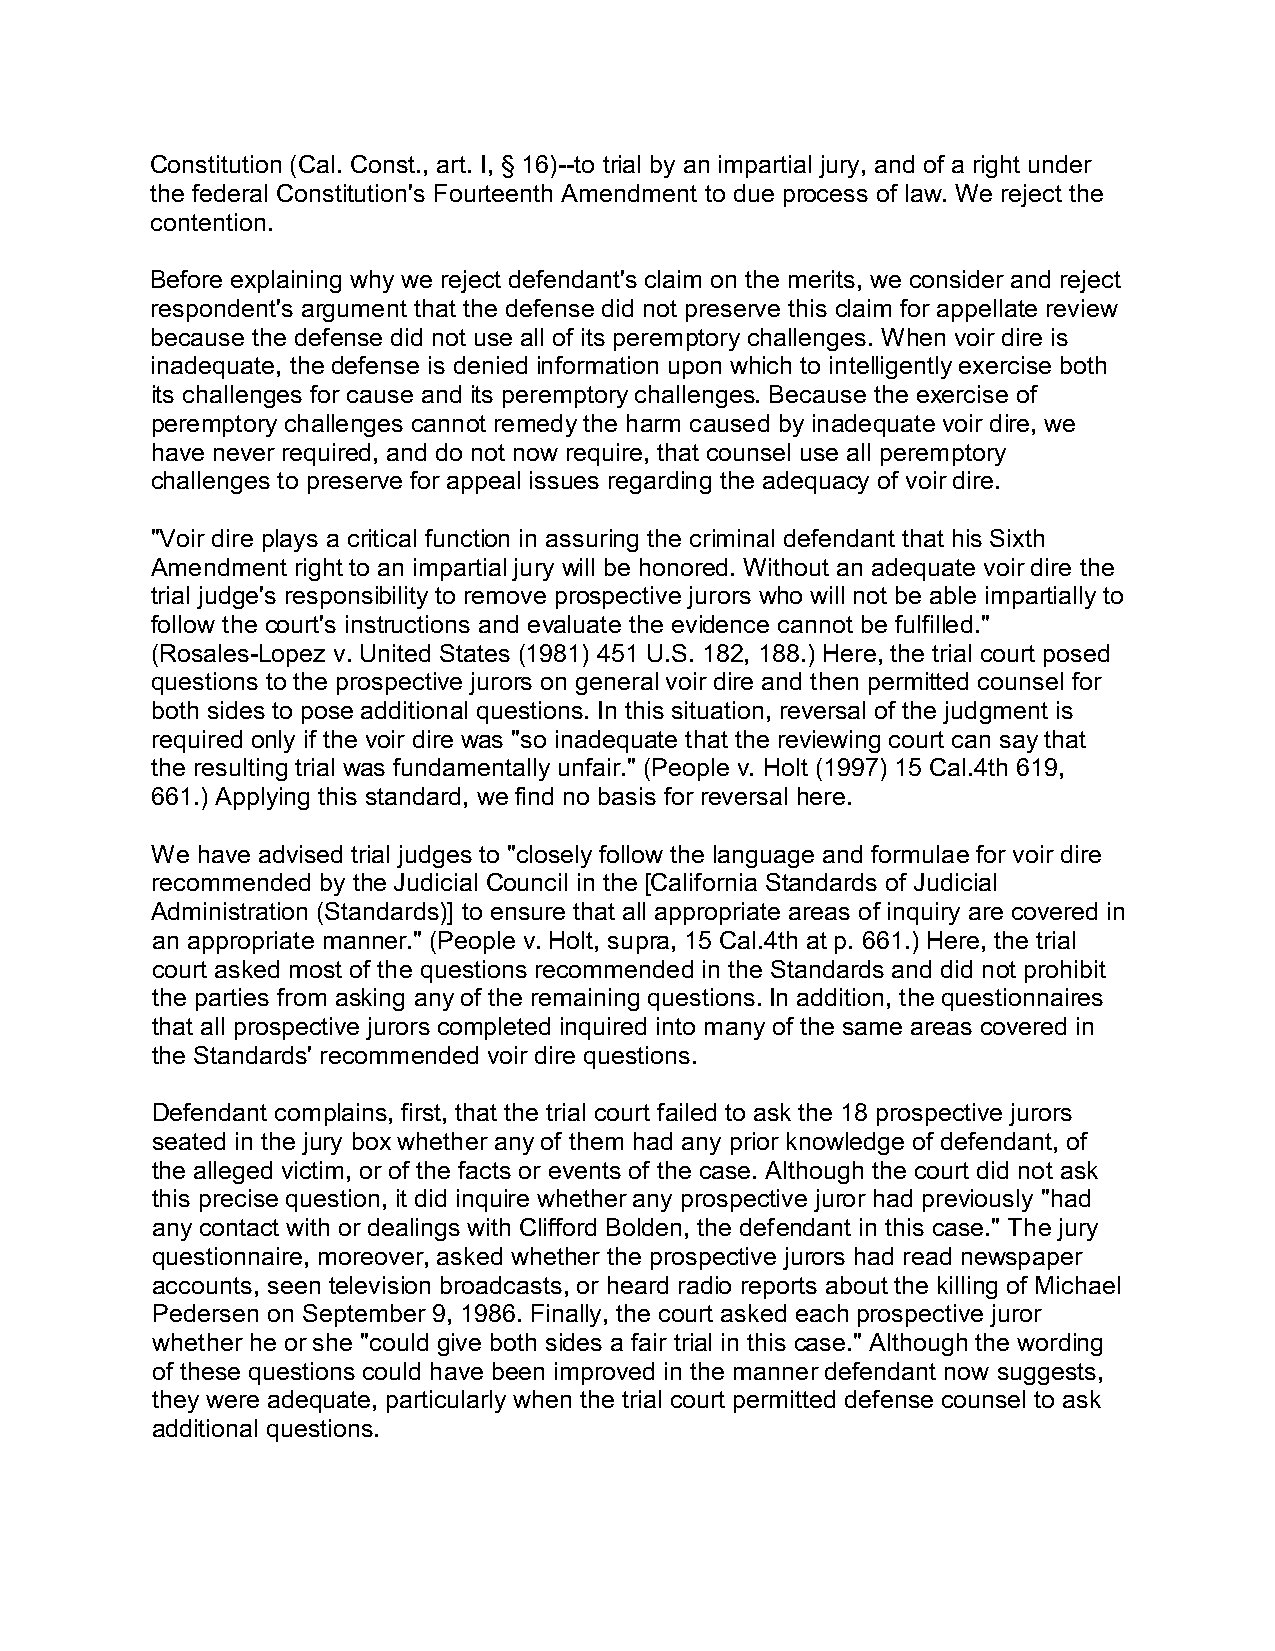
Constitution (Cal. Const., art. I, § 16)--to trial by an impartial jury, and of a right under
 the federal Constitution's Fourteenth Amendment to due process of law. We reject the
 contention.
 Before explaining why we reject defendant's claim on the merits, we consider and reject
 respondent's argument that the defense did not preserve this claim for appellate review
 because the defense did not use all of its peremptory challenges. When voir dire is
 inadequate, the defense is denied information upon which to intelligently exercise both
 its challenges for cause and its peremptory challenges. Because the exercise of
 peremptory challenges cannot remedy the harm caused by inadequate voir dire, we
 have never required, and do not now require, that counsel use all peremptory
 challenges to preserve for appeal issues regarding the adequacy of voir dire.
 "Voir dire plays a critical function in assuring the criminal defendant that his Sixth
 Amendment right to an impartial jury will be honored. Without an adequate voir dire the
 trial judge's responsibility to remove prospective jurors who will not be able impartially to
 follow the court's instructions and evaluate the evidence cannot be fulfilled."
 (Rosales-Lopez v. United States (1981) 451 U.S. 182, 188.) Here, the trial court posed
 questions to the prospective jurors on general voir dire and then permitted counsel for
 both sides to pose additional questions. In this situation, reversal of the judgment is
 required only if the voir dire was "so inadequate that the reviewing court can say that
 the resulting trial was fundamentally unfair." (People v. Holt (1997) 15 Cal.4th 619,
 661.) Applying this standard, we find no basis for reversal here.
 We have advised trial judges to "closely follow the language and formulae for voir dire
 recommended by the Judicial Council in the [California Standards of Judicial
 Administration (Standards)] to ensure that all appropriate areas of inquiry are covered in
 an appropriate manner." (People v. Holt, supra, 15 Cal.4th at p. 661.) Here, the trial
 court asked most of the questions recommended in the Standards and did not prohibit
 the parties from asking any of the remaining questions. In addition, the questionnaires
 that all prospective jurors completed inquired into many of the same areas covered in
 the Standards' recommended voir dire questions.
 Defendant complains, first, that the trial court failed to ask the 18 prospective jurors
 seated in the jury box whether any of them had any prior knowledge of defendant, of
 the alleged victim, or of the facts or events of the case. Although the court did not ask
 this precise question, it did inquire whether any prospective juror had previously "had
 any contact with or dealings with Clifford Bolden, the defendant in this case." The jury
 questionnaire, moreover, asked whether the prospective jurors had read newspaper
 accounts, seen television broadcasts, or heard radio reports about the killing of Michael
 Pedersen on September 9, 1986. Finally, the court asked each prospective juror
 whether he or she "could give both sides a fair trial in this case." Although the wording
 of these questions could have been improved in the manner defendant now suggests,
 they were adequate, particularly when the trial court permitted defense counsel to ask
 additional questions.